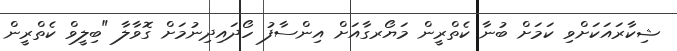
ޝިކާރައަކަށްވި ކަމަށް ބުނާ ކެތްރީން މަޔޯރގާއަށް އިންސާފު ހޯދައިދިނުމަށް ގޮވާލާ "ބިލީވް ކެތްރީން